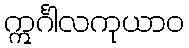
ဣင်္ဂါလကုယာဝ